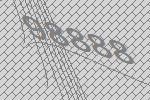
98888